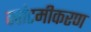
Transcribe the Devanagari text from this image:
क्वांटमीकरण